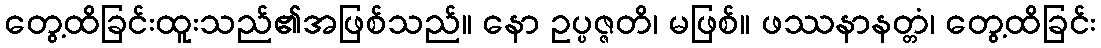
တွေ့ထိခြင်းထူးသည်၏အဖြစ်သည်။ နော ဥပ္ပဇ္ဇတိ၊ မဖြစ်။ ဖဿနာနတ္တံ၊ တွေ့ထိခြင်း